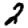
Digit: 2